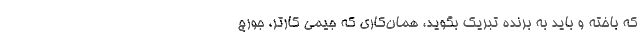
که باخته و باید به برنده تبریک بگوید، همان‌کاری که جیمی کارتر، جورج